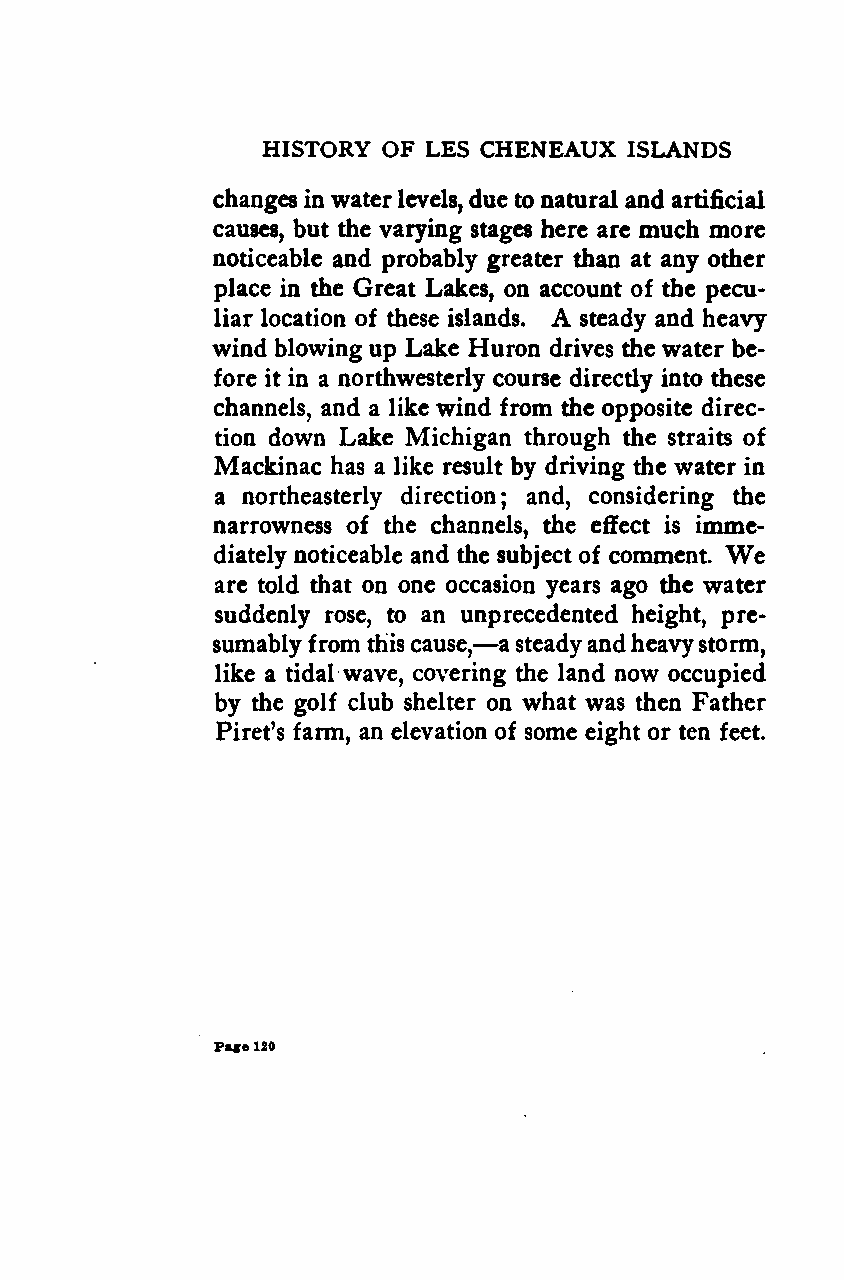
HISTORY OF LES CHENEAUX  ISLANDS
 changes inwaterlevels, due to natural and artificial
 causes, but the varying stages here are much more
 noticeable and probably greater than at any other
 place in the Great Lakes, on account of the pecu-
 A
 liar location of these islands. steady and heavy
 wind blowingup Lake Huron drives the water be-
 fore it in a northwesterly course directly into these
 channels, and a like wind from the opposite direc-
 tion down Lake Michigan through the straits of
 Mackinac has a like result by driving the water in
 a northeasterly direction; and, considering the
 narrowness of the channels, the effect is imme-
 We
 diately noticeable and the subject of comment.
 are told that on one occasion years ago the water
 suddenly rose, to an unprecedented height, pre-
 —
 sumably from thiscause, asteadyandheavystorm,
 like a tidal wave, covering the land now occupied
 by the golf club shelter on what was then Father
 Piret's farm, an elevation of some eight or ten feet.
 Page120
 Google
 Digitizedby